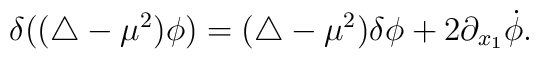
\delta((\triangle-\mu^2)\phi)= (\triangle-\mu^2)\delta\phi+2 \partial_{x_1}\dot\phi.